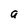
Character: a